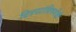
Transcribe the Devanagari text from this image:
चित्रपटांविषयीही